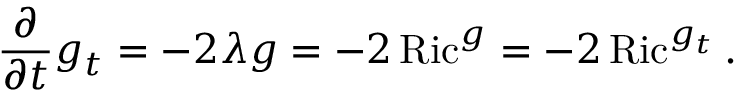
{ \frac { \partial } { \partial t } } g _ { t } = - 2 \lambda g = - 2 \operatorname { R i c } ^ { g } = - 2 \operatorname { R i c } ^ { g _ { t } } .